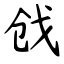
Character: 戗